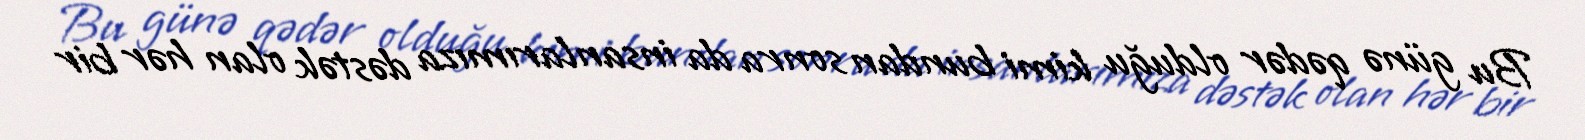
Bu günə qədər olduğu kimi bundan sonra da insanlarımıza dəstək olan hər bir